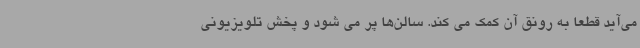
می‌آید قطعا به رونق آن کمک می کند. سالن‌ها پر می شود و پخش تلویزیونی